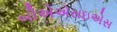
બીએએસઇએસ